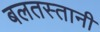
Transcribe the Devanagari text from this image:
बलतस्तानी